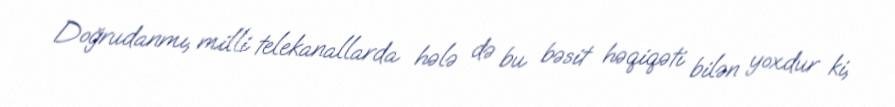
Doğrudanmı, milli telekanallarda hələ də bu bəsit həqiqəti bilən yoxdur ki,